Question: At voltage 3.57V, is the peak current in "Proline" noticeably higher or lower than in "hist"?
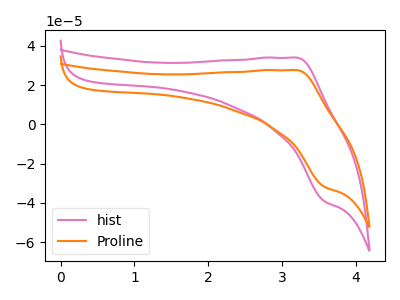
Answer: <think>The pink curve "hist" has an anodic peak at (3.20V, 33.95uA) and a cathodic peak at (3.55V, -39.05uA). The orange curve "Proline" has an anodic peak at (3.20V, 27.60uA) and a cathodic peak at (3.55V, -31.75uA).</think>
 <answer>The peak at 3.57V is lower in "Proline" than in "hist".</answer>
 <eval>lower</eval>